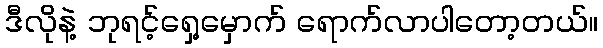
ဒီလိုနဲ့ ဘုရင့်ရှေ့မှောက် ရောက်လာပါတော့တယ်။